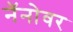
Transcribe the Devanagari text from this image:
नॅनोवर